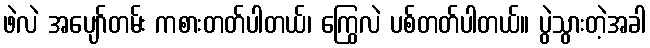
ဖဲလဲ အပျော်တမ်း ကစားတတ်ပါတယ်၊ ကြွေလဲ ပစ်တတ်ပါတယ်။ ပွဲသွားတဲ့အခါ